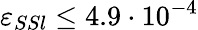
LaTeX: \varepsilon_{SSl}\leq 4.9\cdot 10^{-4}